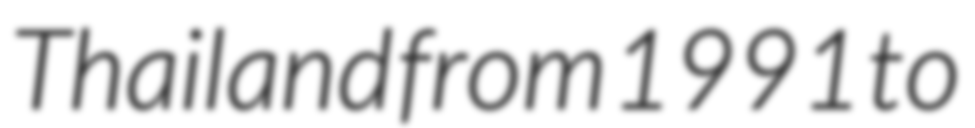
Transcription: Thailand from 1991 to